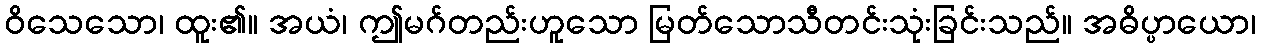
ဝိသေသော၊ ထူး၏။ အယံ၊ ဤမဂ်တည်းဟူသော မြတ်သောသီတင်းသုံးခြင်းသည်။ အဓိပ္ပာယော၊